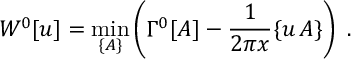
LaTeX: W ^ { 0 } [ u ] = \operatorname * { m i n } _ { \{ A \} } \left( \Gamma ^ { 0 } [ A ] - \frac { 1 } { 2 \pi x } \{ u \, A \} \right) \ .